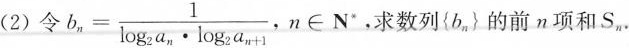
(2)令$$b_{n}= \frac{1}{\log _{2}a_{n}\cdot \log _{2}a_{n+1}}$$,$$n\in N^{*}$$，求数列{b_{n}}的前n项和S_{n}.